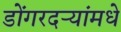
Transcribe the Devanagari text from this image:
डोंगरदऱ्यांमधे